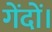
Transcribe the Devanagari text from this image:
गेंदों।